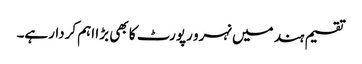
تقسیم ہند میں نہرو رپورٹ کا بھی بڑا اہم کردارہے۔